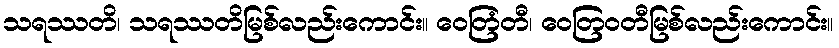
သရဿတိ၊ သရဿတိမြစ်လည်းကောင်း။ ဝေတြံတီ၊ ဝေတြဝတီမြစ်လည်းကောင်း။